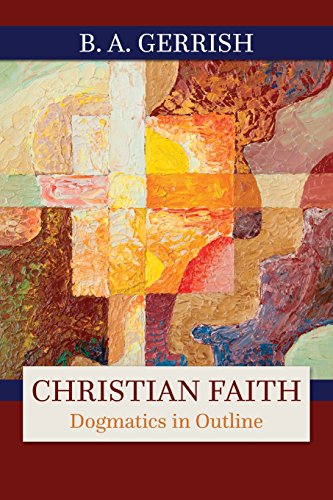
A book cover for Christian Faith: Dogmatics in Outline; B. A. Gerrish; Christian Books & Bibles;